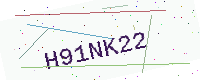
Text: H91NK22